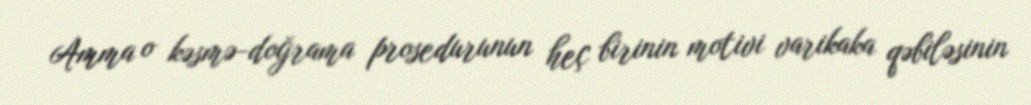
Amma o kəsmə-doğrama prosedurunun heç birinin motivi varikaka qəbiləsinin